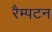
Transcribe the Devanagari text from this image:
रैम्पटन